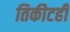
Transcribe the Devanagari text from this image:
तिकीटही